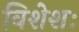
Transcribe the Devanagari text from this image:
विशेशः